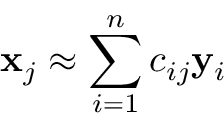
\mathbf { x } _ { j } \approx \sum _ { i = 1 } ^ { n } c _ { i j } \mathbf { y } _ { i }